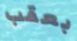
بعقب